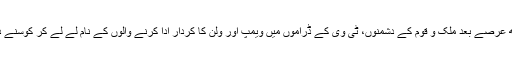
کچھ عرصے بعد ملک و قوم کے دشمنوں، ٹی وی کے ڈراموں میں ویمپ اور ولن کا کردار ادا کرنے والوں کے نام لے لے کر کوسنے دیں۔